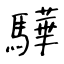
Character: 驊